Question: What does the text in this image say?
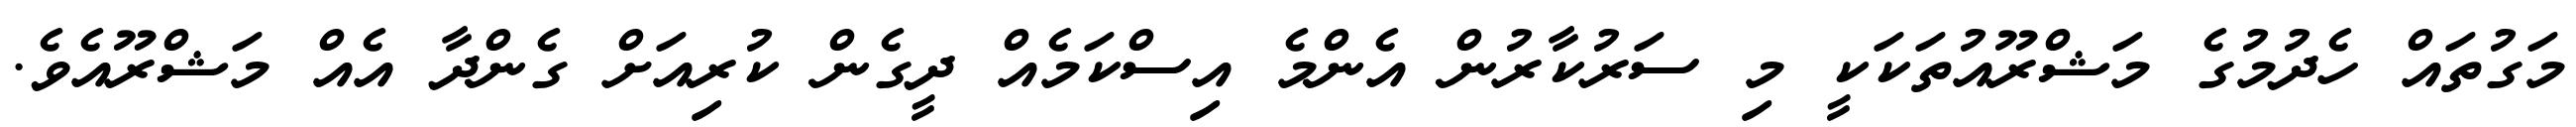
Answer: މަގުތައް ހެދުމުގެ މަޝްރޫއުތަކަކީ މި ސަރުކާރުން އެންމެ އިސްކަމެއް ދީގެން ކުރިއަށް ގެންދާ އެއް މަޝްރޫއެވެ.